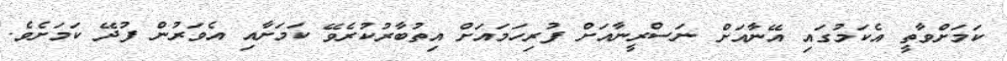
ކަމަށްވާތީ އެކަމުގައި އޭނާއަށް ނަސްރީނާއަށް ފުރިހަމައަށް އިތުބާރުކުރެވޭ ކަމަށާއި އެވަރުން ފުދޭ ކަމަށެވެ.